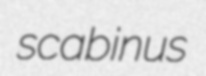
scabinus